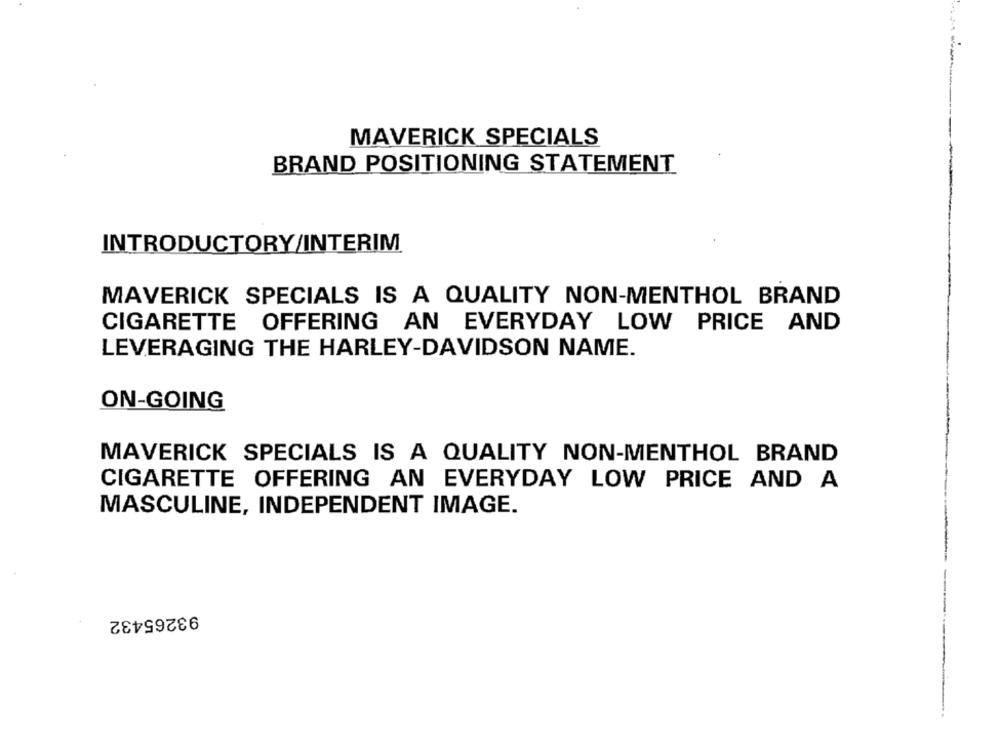
MAVERICK SPECIALS
BRAND POSITIONING STATEMENT
INTRODUCTORY/INTERIM
MAVERICK SPECIALS IS A QUALITY NON-MENTHOL BRAND
CIGARETTE OFFERING AN EVERYDAY LOW PRICE AND
LEVERAGING THE HARLEY-DAVIDSON NAME.
ON-GOING
MAVERICK SPECIALS IS A QUALITY NON-MENTHOL BRAND
CIGARETTE OFFERING AN EVERYDAY LOW PRICE AND A
MASCULINE, INDEPENDENT IMAGE.
93265432